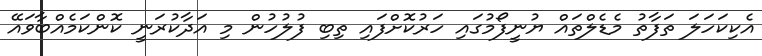
އެކިކަހަލަ ތަފާތު މެޑެލްތައް ޔުނީފޯމުގައި ހަރުކޮށްފައި ތިބި ފުލުހުން މި އަދާކުރަނީ ކޮންކަމެއްބާވައޭ